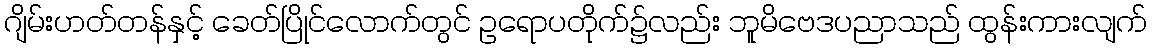
ဂျိမ်းဟတ်တန်နှင့် ခေတ်ပြိုင်လောက်တွင် ဥရောပတိုက်၌လည်း ဘူမိဗေဒပညာသည် ထွန်းကားလျက်